Annual administration report of the Civil Veterinary Department of India - 1897-1898
Year: 1897
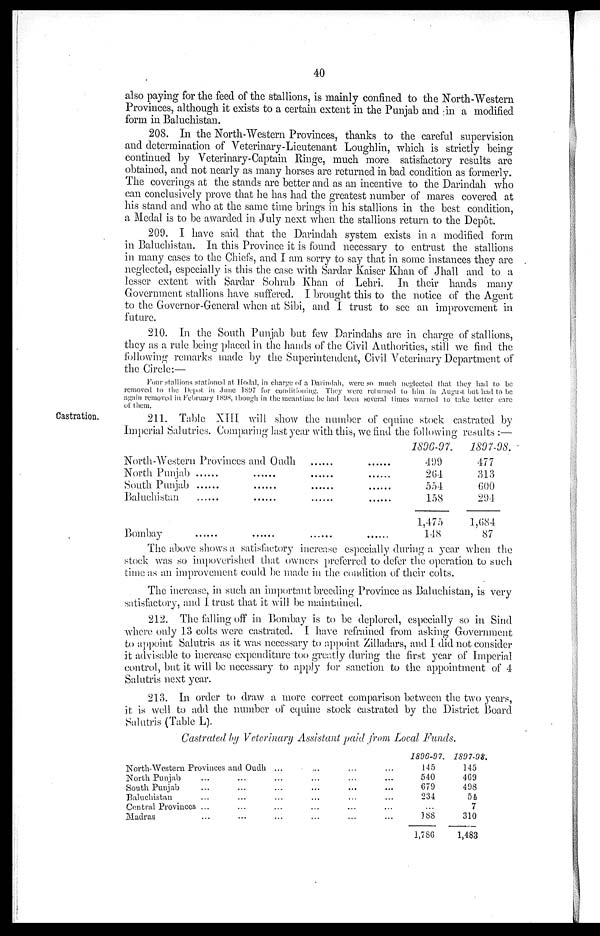
40
also paying for the feed of the stallions, is mainly confined to the North-Western
Provinces, although it exists to a certain extent in the Punjab and in a modified
form in Baluchistan.
208. In the North-Western Provinces, thanks to the careful supervision
and determination of Veterinary-Lieutenant Loughlin, which is strictly being
continued by Veterinary-Captain Ringe, much more satisfactory results are
obtained, and not nearly as many horses are returned in bad condition as formerly.
The coverings at the stands are better and as an incentive to the Darindah who
can conclusively prove that he has had the greatest number of mares covered at
his stand and who at the same time brings in his stallions in the best condition,
a Medal is to be awarded in July next when the stallions return to the Depôt.
209. I have said that the Darindah system exists in a modified form
in Baluchistan. In this Province it is found necessary to entrust the stallions
in many cases to the Chiefs, and I am sorry to say that in some instances they are
neglected, especially is this the case with Sardar Kaiser Khan of Jhall and to a
lesser extent with Sardar Sohrab Khan of Lehri. In their hands many
Government stallions have suffered. I brought this to the notice of the Agent
to the Governor-General when at Sibi, and I trust to see an improvement in
future.
210. In the South Punjab but few Darindahs are in charge of stallions,
they as a rule being placed in the hands of the Civil Authorities, still we find the
following remarks made by the Superintendent, Civil Veterinary Department of
the Circle:—
Four stallions stationed at Hodal, in charge of a Darindah, were so much neglected that they had to be
removed to the Depot in June 1897 for conditioning. They were returned to him in August but had to be
again removed in February 1898, though in the meantime he had been several times warned to take better care
of them.
Castration.
211. Table XIII will show the number of equine stock castrated by
Imperial Salutries. Comparing last year with this, we find the following results:—
North-Western Provinces and Oudh ...... ......
North Punjab ...... ...... ...... ......
South Punjab ...... ...... ...... ......
Baluchistan ...... ...... ...... ......
Bombay ...... ...... ...... ......
1896-97.
499
204
554
158
1,475
148
1897-98.
477
313
600
294
1,084
87
The above shows a satisfactory increase especially during a year when the
stock was so impoverished that owners preferred to defer the operation to such
time as an improvement could be made in the condition of their colts.
The increase, in such an important breeding Province as Baluchistan, is very
satisfactory, and I trust that it will be maintained.
212. The falling off in Bombay is to be deplored, especially so in Sind
where only 13 colts were castrated. I have refrained from asking Government
to appoint Salutris as it was necessary to appoint Zilladars, and I did not consider
it advisable to increase expenditure too greatly during the first year of Imperial
control, but it will be necessary to apply for sanction to the appointment of 4
Salutris next year.
213. In order to draw a more correct comparison between the two years,
it is well to add the number of equine stock castrated by the District Board
Salutris (Table L).
Castrated by Veterinary Assistant paid from Local Funds.
North-Western Provinces and Oudh
North Punjab ...... ...... ...... ......
South Punjab ...... ...... ...... ...... ...... ......
Baluchistan ...... ...... ...... ...... ...... ......
Central Provinces ...... ...... ...... ...... ...... ......
Madras ...... ...... ...... ...... ...... ......
1896-97.
145
540
679
234
188
1,786
1897-98.
145
469
498
54
7
310
1,483